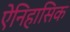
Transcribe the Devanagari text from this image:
ऐनिहासिक